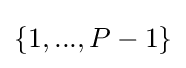
\left\{1,...,P-1\right\}